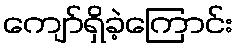
ကျော်ရှိခဲ့ကြောင်း